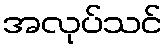
အလုပ်သင်